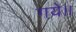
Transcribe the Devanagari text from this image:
गये।।